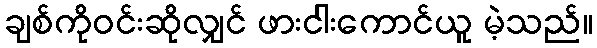
ချစ်ကိုဝင်းဆိုလျှင် ဖားငါးကောင်ယူ မဲ့သည်။